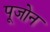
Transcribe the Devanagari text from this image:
पूजोन